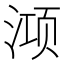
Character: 𭱊